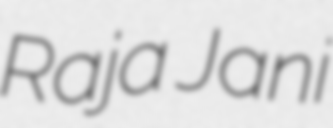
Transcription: Raja Jani